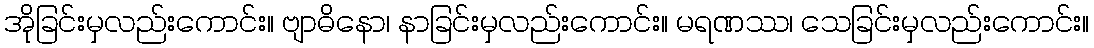
အိုခြင်းမှလည်းကောင်း။ ဗျာဓိနော၊ နာခြင်းမှလည်းကောင်း။ မရဏဿ၊ သေခြင်းမှလည်းကောင်း။